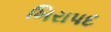
ખિરાપદ